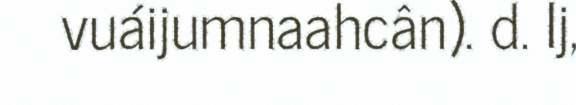
vuáijumnaahcân). d. Ij,